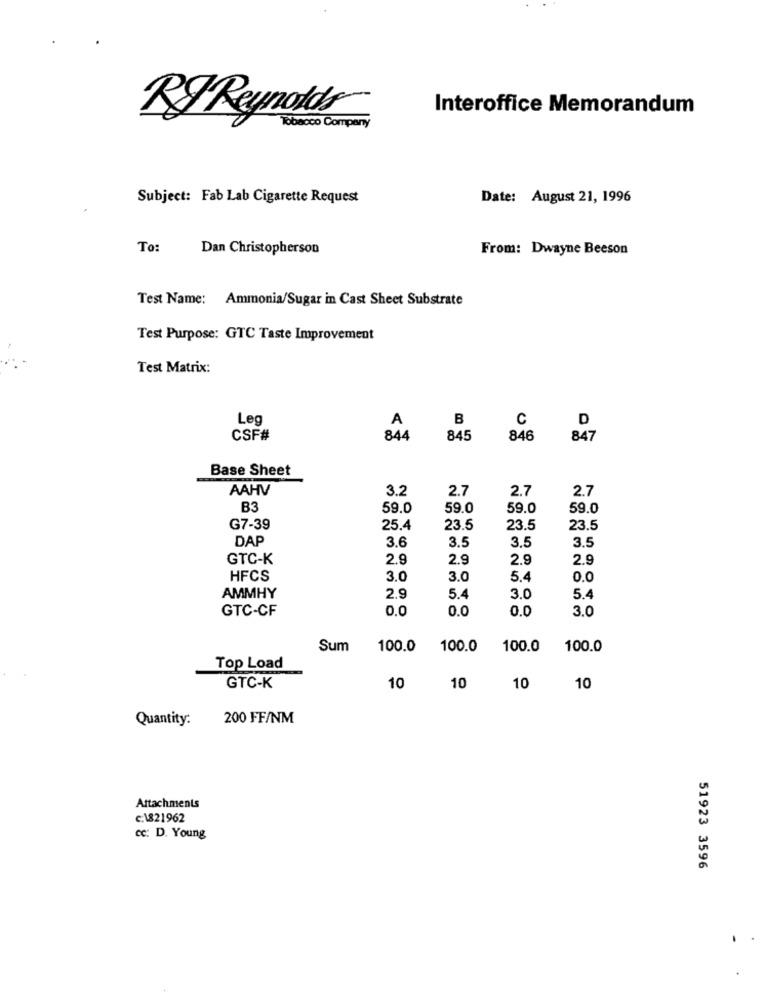
Interoffice Memorandum
RI Reynolds
Tobacco Company
Subject: Fab Lab Cigarette Request
Date: August 21, 1996
To:
Dan Christopherson
From: Dwayne Beeson
Test Name: Ammonia/Sugar in Cast Sheet Substrate
Test Purpose: GTC Taste Improvement
Test Matrix:
Leg
A
B
C
D
CSF#
844
845
846
847
Base Sheet
AAHV
3.2
2.7
2.7
2.7
B3
59.0
59.0
59.0
59.0
G7-39
25.4
23.5
23.5
23.5
DAP
3.6
3.5
3.5
3.5
GTC-K
2.9
2.9
2.9
2.9
HFCS
3.0
3.0
5.4
0.0
AMMHY
2.9
5.4
3.0
5.4
GTC-CF
0.0
0.0
0.0
3.0
Sum
100.0
100.0
100.0
100.0
Top Load
GTC-K
10
10
10
10
Quantity:
200 FF/NM
Attachments
c:\821962
cc: D. Young
51923 3596